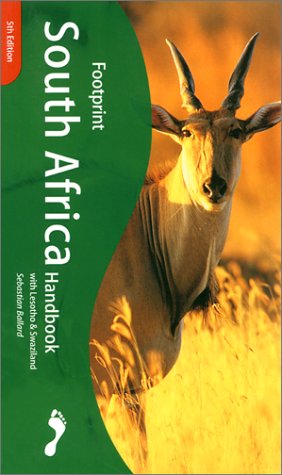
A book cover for Footprint South Africa Handbook 2001 (Footprint South Africa Handbook with Lesotho & Swaziland); Sebastian Ballard; Travel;